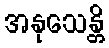
အနုသေန္တိ